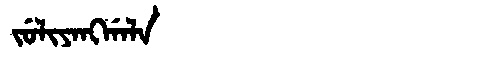
Manchu: ᠵᡠᠯᡳᠶᠠᠩᡤᠠᠯᠠ
Romanization: JULIYANGGALA